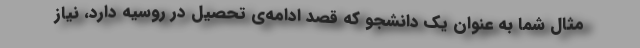
مثال شما به عنوان یک دانشجو که قصد ادامه‌ی تحصیل در روسیه دارد، نیاز